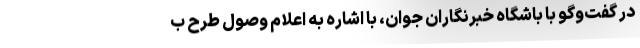
در گفت‌وگو با باشگاه خبرنگاران جوان، با اشاره به اعلام وصول طرح ب